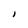
Character: I